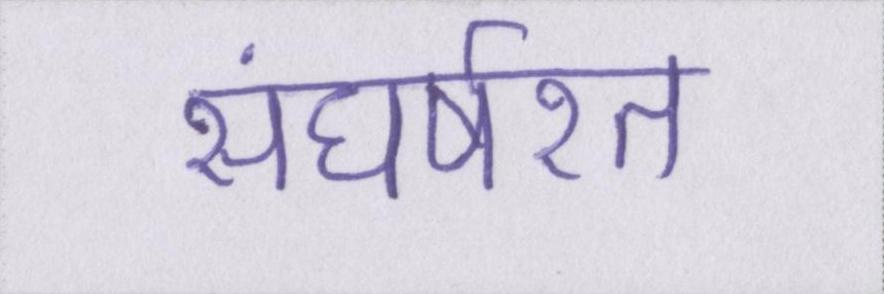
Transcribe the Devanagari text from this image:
संघर्षरत